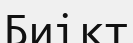
Биікт